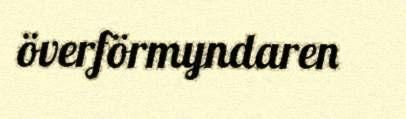
överförmyndaren